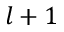
l + 1